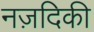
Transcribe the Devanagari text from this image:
नज़दिकी